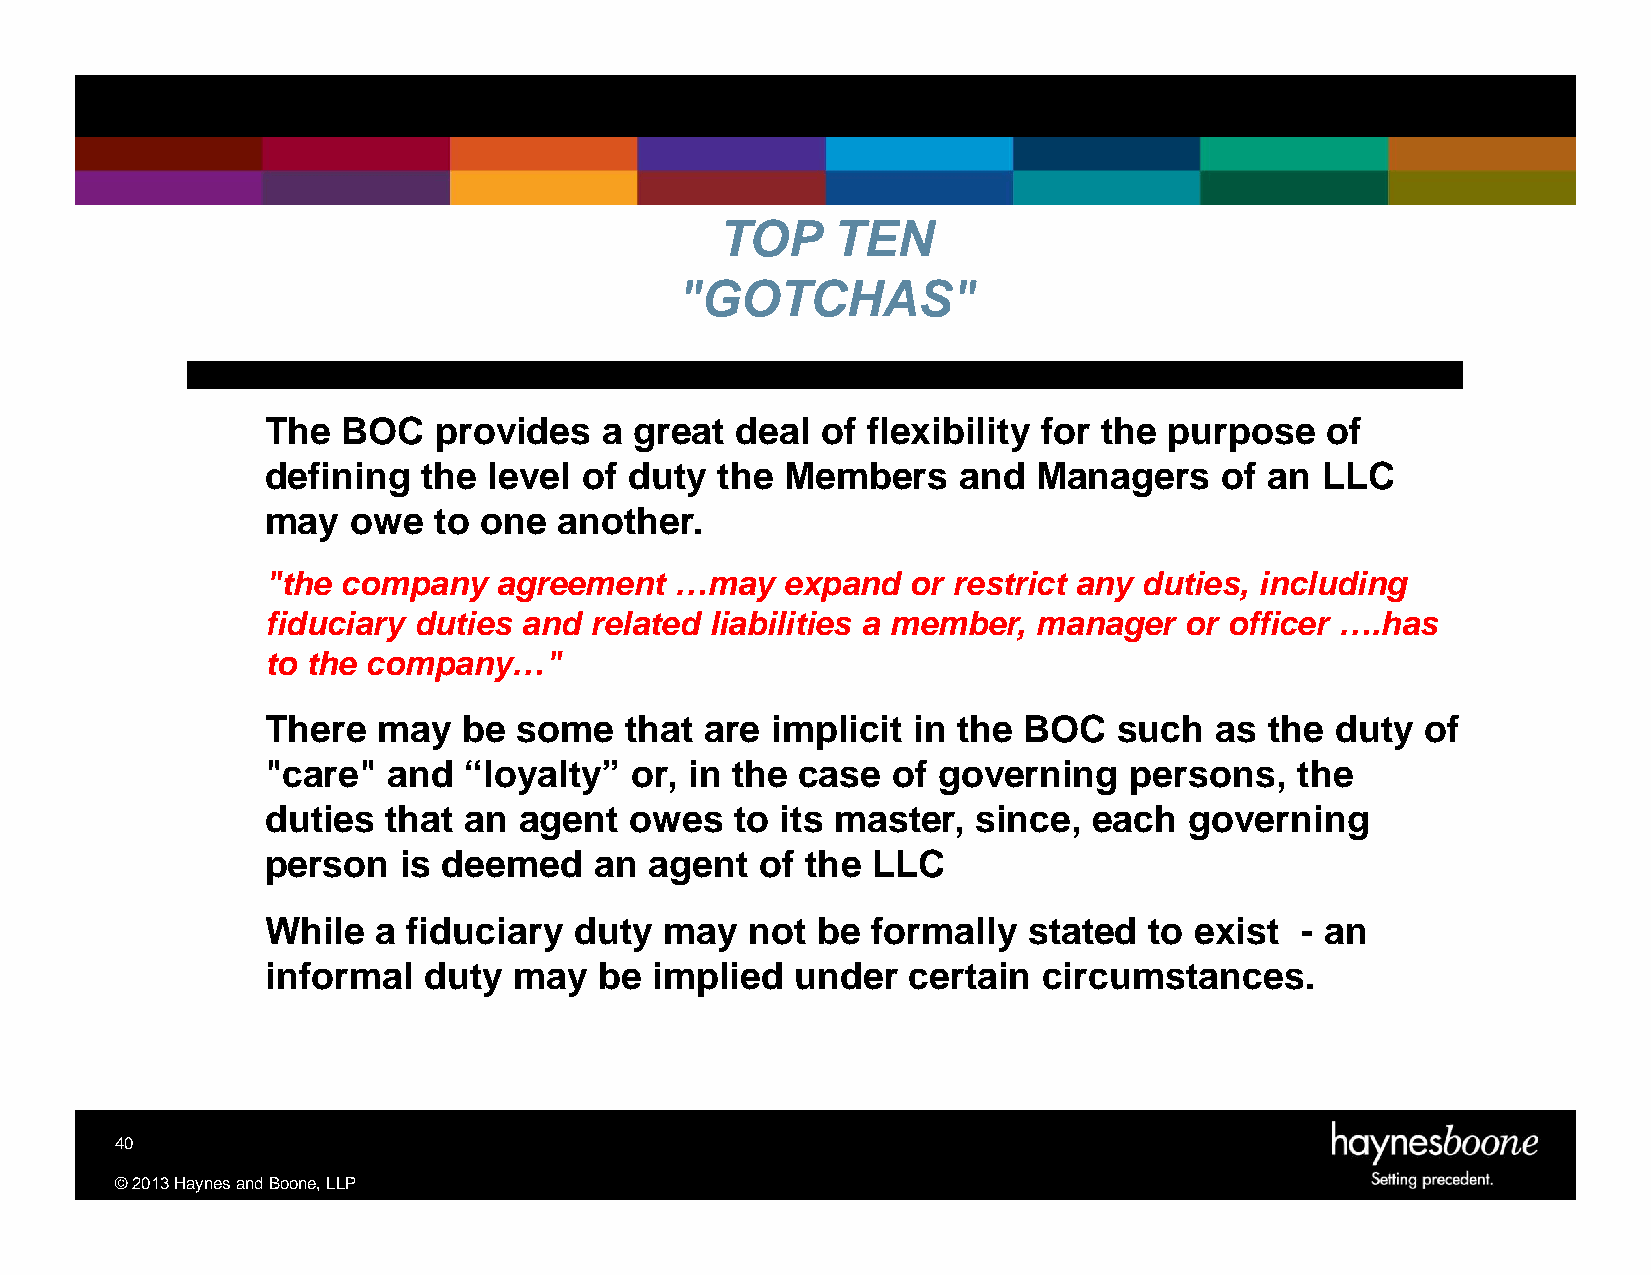
TOP    TEN
 "GOTCHAS"
 The  BOC   provides   a great  deal of flexibility for the purpose    of
 defining  the level  of duty the  Members    and   Managers    of an LLC
 may  owe   to one  another.
 "the company   agreement   …may   expand  or restrict any duties, including
 fiduciary duties and related liabilities a member, manager  or officer ….has
 to the company…"
 There  may   be some   that  are implicit in the  BOC   such  as  the duty  of
 "care"  and  “loyalty”  or, in the case  of governing    persons,   the
 duties  that an agent   owes   to its master,  since, each   governing
 person   is deemed   an  agent  of the  LLC
 While  a fiduciary  duty  may   not be  formally  stated  to exist  - an
 informal  duty  may   be implied   under  certain  circumstances.
 40
 ©2013HaynesandBoone,LLP